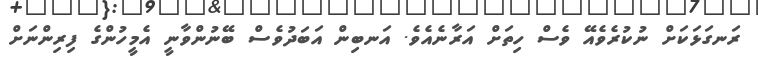
ރަނގަޅަކަށް ނުކުރެވެއޭ ވެސް ހިތަށް އަރާނެއެވެ. އަނބިން އަބަދުވެސް ބޭނުންވާނީ އެމީހުންގެ ފިރިންނަށް